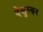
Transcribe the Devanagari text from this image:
वेळुस्कर